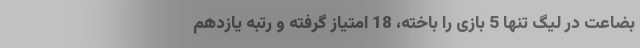
بضاعت در لیگ تنها 5 بازی را باخته، 18 امتیاز گرفته و رتبه یازدهم